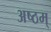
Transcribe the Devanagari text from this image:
अष्ठम्‌